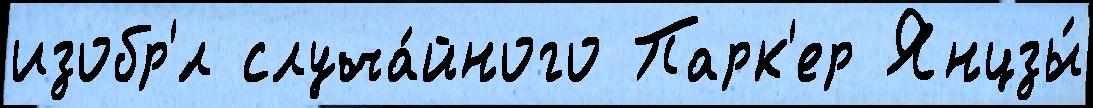
изобр'́л случа́йного Парк'ер Янцзы́